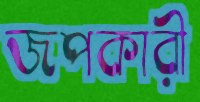
জপকারী